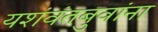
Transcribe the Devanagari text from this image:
यशंवंतबुवांना